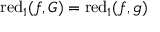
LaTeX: \operatorname { r e d } _ { 1 } ( f , G ) = \operatorname { r e d } _ { 1 } ( f , g )